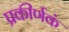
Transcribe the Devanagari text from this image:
प्रकीर्णकं